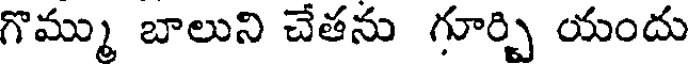
గొమ్ము బాలుని చేతను గూర్చి యందు